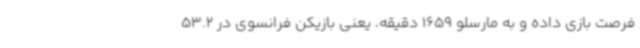
فرصت بازی داده و به مارسلو 1659 دقیقه، یعنی بازیکن فرانسوی در 53.2